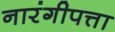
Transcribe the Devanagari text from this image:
नारंगीपत्ता